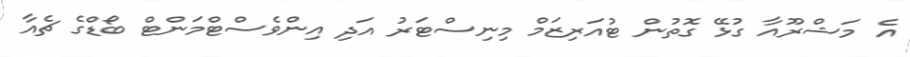
އެ މަޝްރޫއާ ގުޅޭ ގޮތުން ޓުއަރިޒަމް މިނިސްޓަރު އަދި އިންވެސްޓްމަންޓް ބޯޑްގެ ޗެއާ